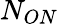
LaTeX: N_{ON}